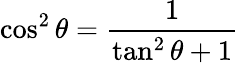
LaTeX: \cos^{2}\theta={\frac{1}{\tan^{2}\theta+1}}